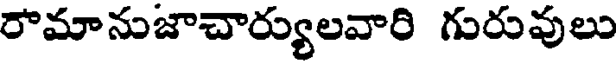
రామానుజాచార్యులవారి గురువులు